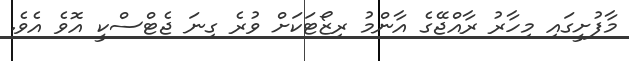
މާފުށީގައި މިހާރު ރާއްޖޭގެ އާންމު ރިޒޯޓަކަށް ވުރެ ގިނަ ޖެޓްސްކީ އޮވެ އެވެ.